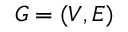
G = ( V , E )